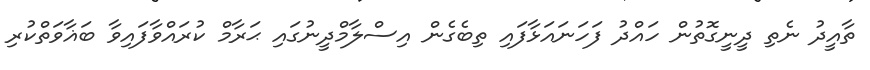
ތާއީދު ނެތި ދީނީގޮތުން ހައްދު ފަހަނައަޅާފައި ތިބެގެން އިސްލާމްދީނުގައި ޙަރާމް ކުރައްވާފައިވާ ބަޣާވަތްކުރި